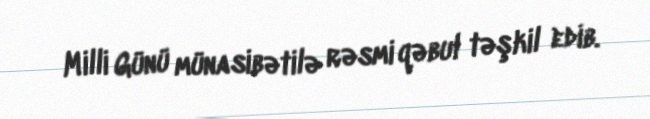
Milli Günü münasibətilə rəsmi qəbul təşkil edib.